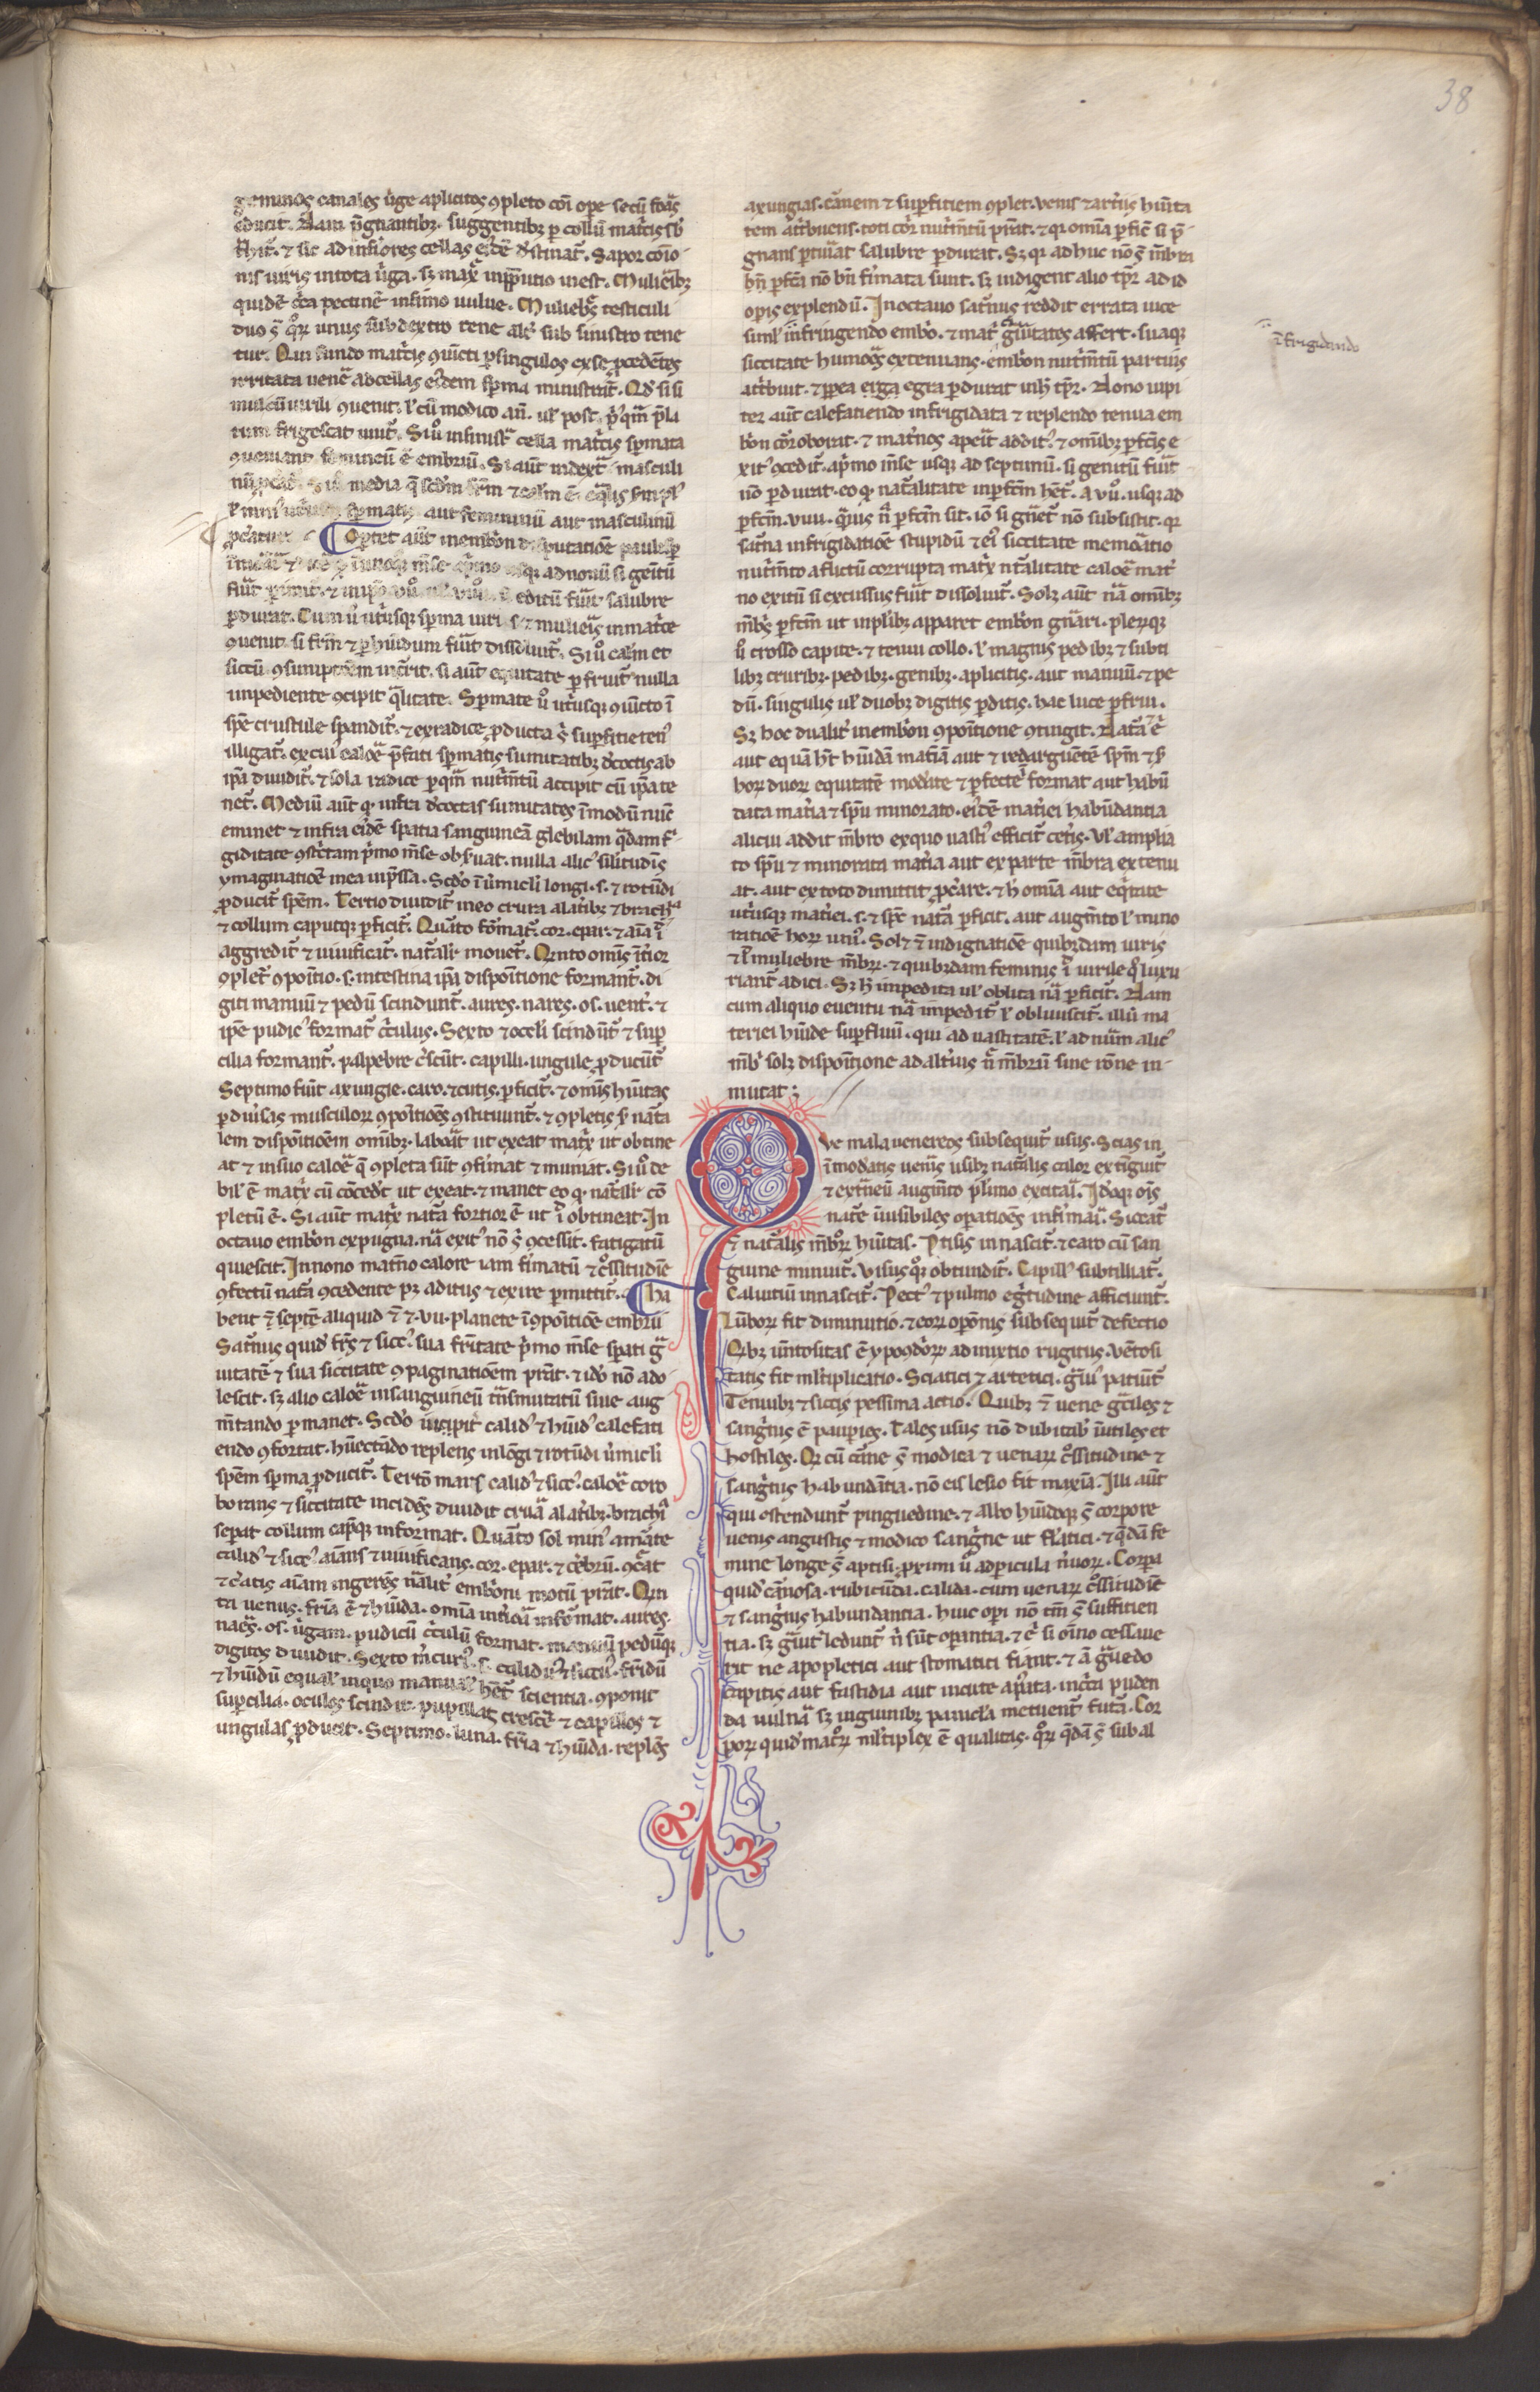
Shelfmark: Munich, Bayerische Staatsbibliothek, CLM 13027
Century: 13